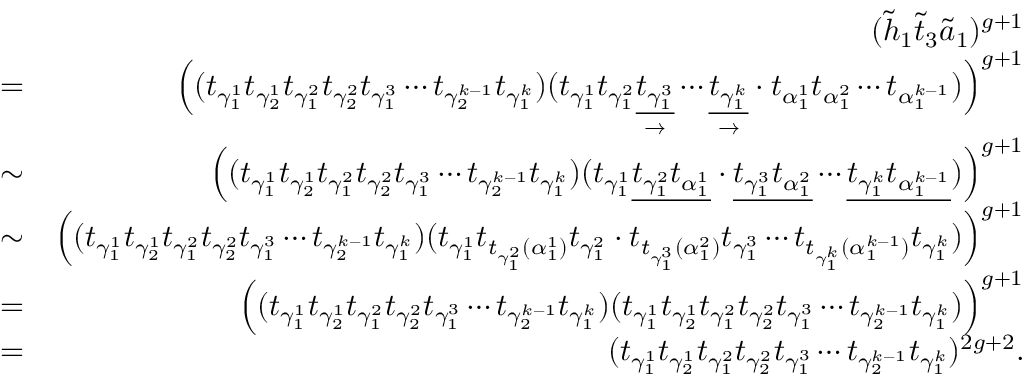
\begin{array} { r l r } & { } & { ( \widetilde { h } _ { 1 } \widetilde { t } _ { 3 } \widetilde { a } _ { 1 } ) ^ { g + 1 } } \\ & { = } & { \Bigl ( ( t _ { \gamma _ { 1 } ^ { 1 } } t _ { \gamma _ { 2 } ^ { 1 } } t _ { \gamma _ { 1 } ^ { 2 } } t _ { \gamma _ { 2 } ^ { 2 } } t _ { \gamma _ { 1 } ^ { 3 } } \cdots t _ { \gamma _ { 2 } ^ { k - 1 } } t _ { \gamma _ { 1 } ^ { k } } ) ( t _ { \gamma _ { 1 } ^ { 1 } } t _ { \gamma _ { 1 } ^ { 2 } } \underset { \rightarrow } { \underline { { t _ { \gamma _ { 1 } ^ { 3 } } } } } \cdots \underset { \rightarrow } { \underline { { t _ { \gamma _ { 1 } ^ { k } } } } } \cdot t _ { \alpha _ { 1 } ^ { 1 } } t _ { \alpha _ { 1 } ^ { 2 } } \cdots t _ { \alpha _ { 1 } ^ { k - 1 } } ) \Bigr ) ^ { g + 1 } } \\ & { \sim } & { \left( ( t _ { \gamma _ { 1 } ^ { 1 } } t _ { \gamma _ { 2 } ^ { 1 } } t _ { \gamma _ { 1 } ^ { 2 } } t _ { \gamma _ { 2 } ^ { 2 } } t _ { \gamma _ { 1 } ^ { 3 } } \cdots t _ { \gamma _ { 2 } ^ { k - 1 } } t _ { \gamma _ { 1 } ^ { k } } ) ( t _ { \gamma _ { 1 } ^ { 1 } } \underline { { t _ { \gamma _ { 1 } ^ { 2 } } t _ { \alpha _ { 1 } ^ { 1 } } } } \cdot \underline { { t _ { \gamma _ { 1 } ^ { 3 } } t _ { \alpha _ { 1 } ^ { 2 } } } } \cdots \underline { { t _ { \gamma _ { 1 } ^ { k } } t _ { \alpha _ { 1 } ^ { k - 1 } } } } ) \right) ^ { g + 1 } } \\ & { \sim } & { \Bigl ( ( t _ { \gamma _ { 1 } ^ { 1 } } t _ { \gamma _ { 2 } ^ { 1 } } t _ { \gamma _ { 1 } ^ { 2 } } t _ { \gamma _ { 2 } ^ { 2 } } t _ { \gamma _ { 1 } ^ { 3 } } \cdots t _ { \gamma _ { 2 } ^ { k - 1 } } t _ { \gamma _ { 1 } ^ { k } } ) ( t _ { \gamma _ { 1 } ^ { 1 } } t _ { t _ { \gamma _ { 1 } ^ { 2 } } ( \alpha _ { 1 } ^ { 1 } ) } t _ { \gamma _ { 1 } ^ { 2 } } \cdot t _ { t _ { \gamma _ { 1 } ^ { 3 } } ( \alpha _ { 1 } ^ { 2 } ) } t _ { \gamma _ { 1 } ^ { 3 } } \cdots t _ { t _ { \gamma _ { 1 } ^ { k } } ( \alpha _ { 1 } ^ { k - 1 } ) } t _ { \gamma _ { 1 } ^ { k } } ) \Bigr ) ^ { g + 1 } } \\ & { = } & { \Bigl ( ( t _ { \gamma _ { 1 } ^ { 1 } } t _ { \gamma _ { 2 } ^ { 1 } } t _ { \gamma _ { 1 } ^ { 2 } } t _ { \gamma _ { 2 } ^ { 2 } } t _ { \gamma _ { 1 } ^ { 3 } } \cdots t _ { \gamma _ { 2 } ^ { k - 1 } } t _ { \gamma _ { 1 } ^ { k } } ) ( t _ { \gamma _ { 1 } ^ { 1 } } t _ { \gamma _ { 2 } ^ { 1 } } t _ { \gamma _ { 1 } ^ { 2 } } t _ { \gamma _ { 2 } ^ { 2 } } t _ { \gamma _ { 1 } ^ { 3 } } \cdots t _ { \gamma _ { 2 } ^ { k - 1 } } t _ { \gamma _ { 1 } ^ { k } } ) \Bigr ) ^ { g + 1 } } \\ & { = } & { ( t _ { \gamma _ { 1 } ^ { 1 } } t _ { \gamma _ { 2 } ^ { 1 } } t _ { \gamma _ { 1 } ^ { 2 } } t _ { \gamma _ { 2 } ^ { 2 } } t _ { \gamma _ { 1 } ^ { 3 } } \cdots t _ { \gamma _ { 2 } ^ { k - 1 } } t _ { \gamma _ { 1 } ^ { k } } ) ^ { 2 g + 2 } . } \end{array}